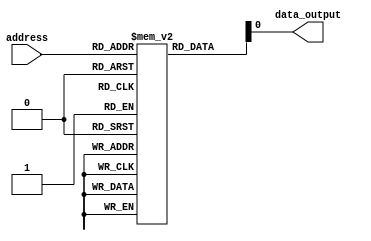
module PROM(
    input wire [address_width-1:0] address,
    output reg data_output
);

parameter address_width = 4; // assuming 4 address lines
reg [7:0] memory [0:15];  // 16 memory cells storing 8-bit data 

// Initialize PROM memory values during manufacturing process
// For example, data value of 10101010 can be stored at address 0000
initial begin
    memory[4'd0] = 8'b10101010;
    // Initialize other memory cell values here
end

// Read the data stored at the given address
always @(*) begin
    data_output = memory[address];
end

endmodule